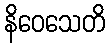
နိဝေသေတိ